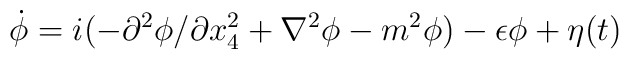
\dot{\phi} = i (-\partial ^2 \phi/\partial x_4^2 + \nabla ^2 \phi -m^2 \phi) - \epsilon \phi + \eta (t)